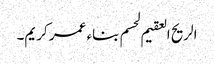
الریح العقیم لحسم بناء عمر کریم۔